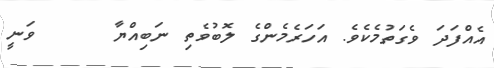
އެއްފަދަ ވެގަތުމެކެވެ. އަހަރެމެންގެ ލޮބުވެތި ނަބިއްޔާ     ވަނީ